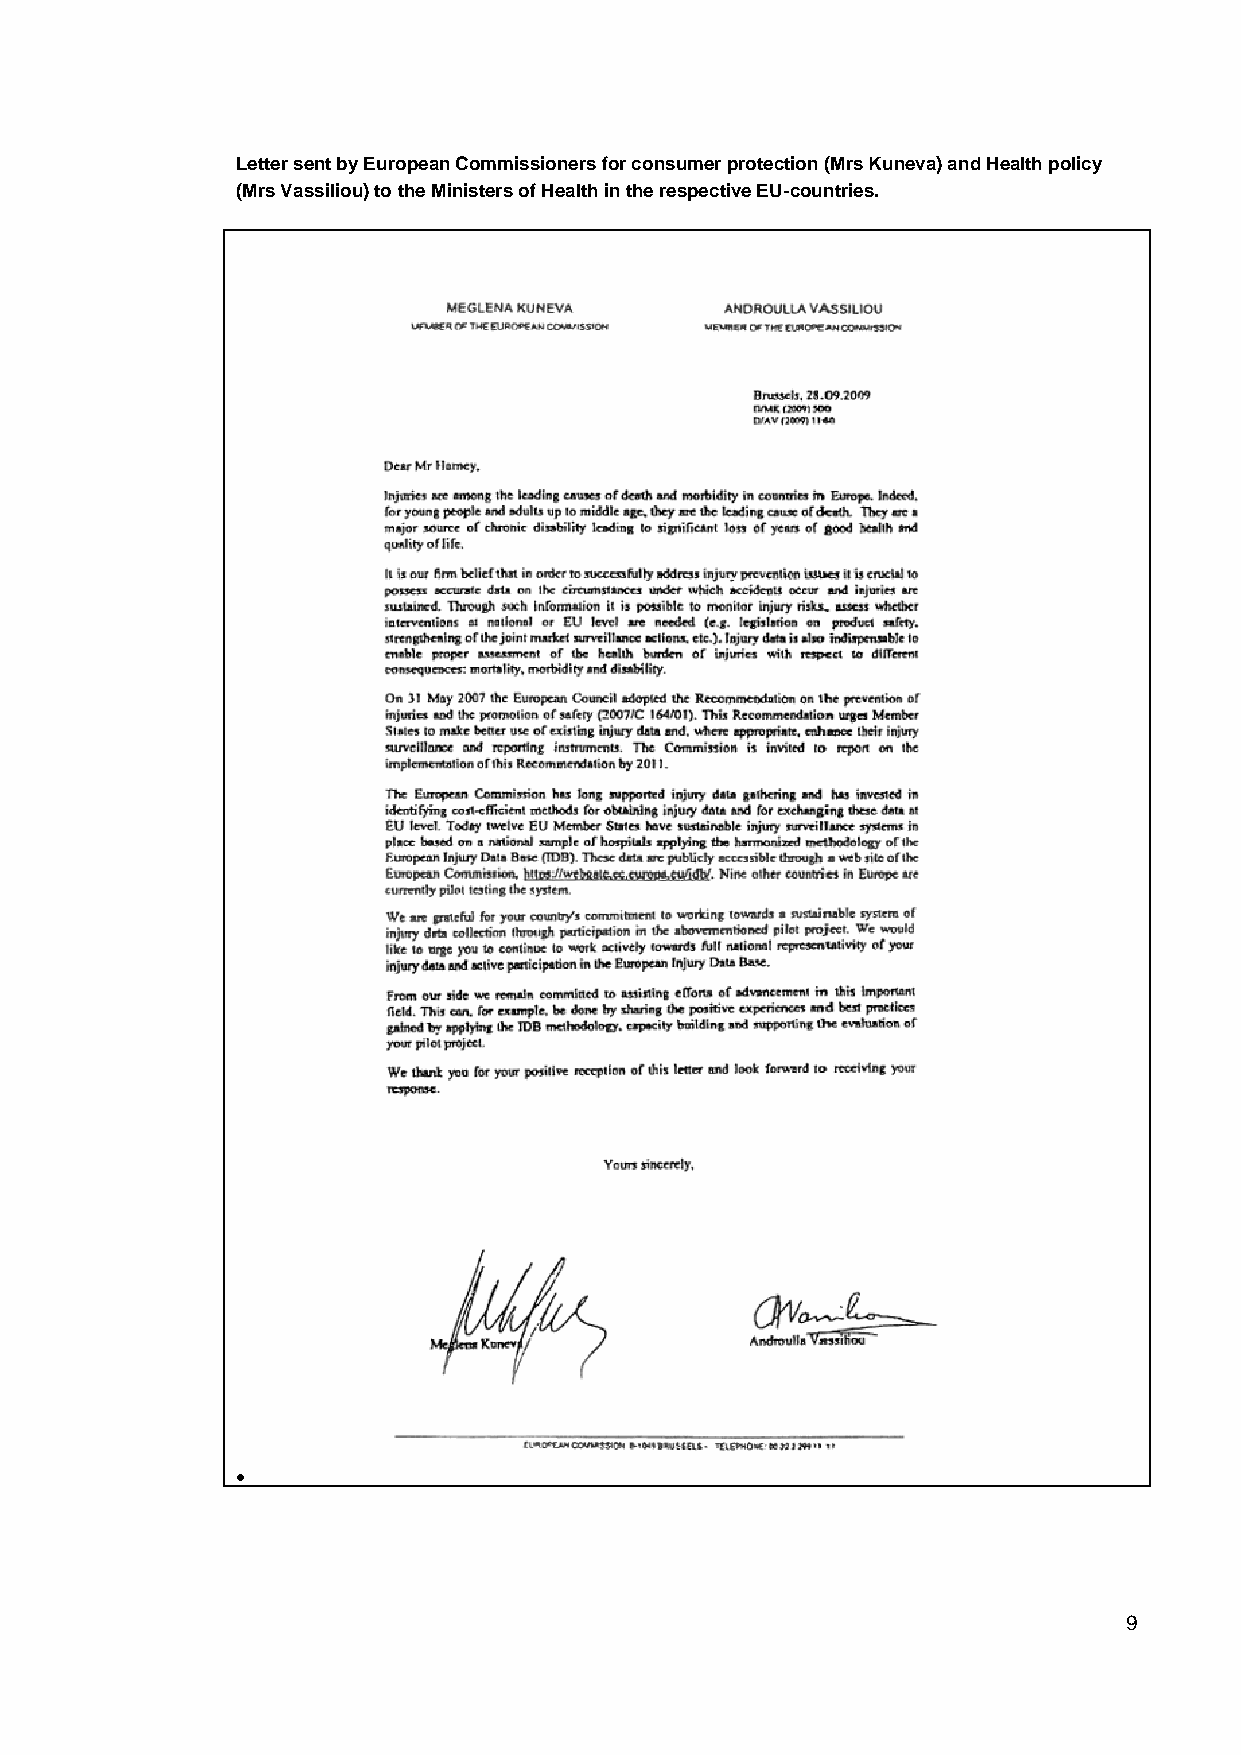
Letter sent by European Commissioners for consumer protection (Mrs Kuneva) and Health policy
 (Mrs Vassiliou) to the Ministers of Health in the respective EU-countries.
 
 9